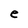
Character: e